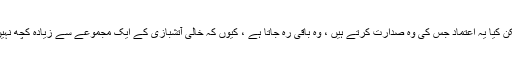
لیکن کیا یہ اعتماد جس کی وہ صدارت کرتے ہیں ، وہ باقی رہ جاتا ہے ، کیوں کہ خالی آتشبازی کے ایک مجموعے سے زیادہ کچھ نہیں؟